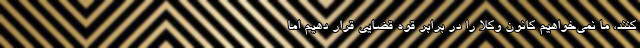
کنند، ما نمی‌خواهیم کانون وکلا را در برابر قوه قضایی قرار دهیم اما